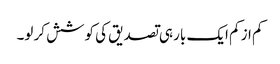
کم از کم ایک بار ہی تصدیق کی کوشش کر لو۔